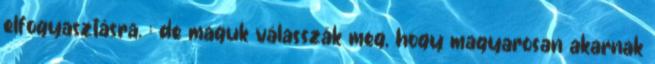
elfogyasztásra. : de maguk válasszák meg, hogy magyarosan akarnak